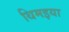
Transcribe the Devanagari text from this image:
थिमइया